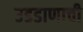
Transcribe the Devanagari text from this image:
उडडाणाची